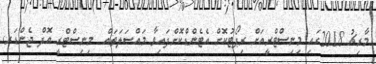
މާރިޗު 2018ގައި މިނިސްޓްރީއަށް ރިޕޯޓުކޮށް އެޓެންޑްކޮށްފައިވާ މައްސަލަތައް  މިނިސްޓްރީ އޮފް ޖެންޑަރ